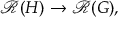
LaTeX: { \mathcal { R } } ( H ) \to { \mathcal { R } } ( G ) ,